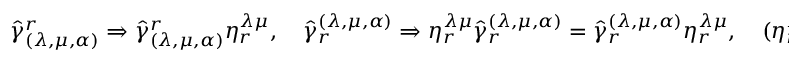
{ \hat { \gamma } } _ { ( \lambda , \mu , \alpha ) } ^ { r } \Rightarrow { \hat { \gamma } } _ { ( \lambda , \mu , \alpha ) } ^ { r } \eta _ { r } ^ { \lambda \mu } , \quad { \hat { \gamma } } _ { r } ^ { ( \lambda , \mu , \alpha ) } \Rightarrow \eta _ { r } ^ { \lambda \mu } { \hat { \gamma } } _ { r } ^ { ( \lambda , \mu , \alpha ) } = { \hat { \gamma } } _ { r } ^ { ( \lambda , \mu , \alpha ) } \eta _ { r } ^ { \lambda \mu } , \quad { ( \eta _ { r } ^ { \lambda \mu } ) } ^ { + } = \eta _ { r } ^ { \lambda \mu } ,